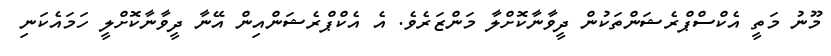
މޫނު މަތީ އެކްސްޕްރެޝަންތަކުން ދީވާނާކޮށްލާ މަންޒަރެވެ. އެ އެކްޕްރެޝަންއިން އޭނާ ދީވާނާކޮށްލީ ހަމައެކަނި